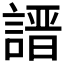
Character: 𧪽